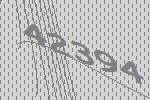
42394